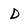
Character: D